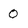
Character: 0